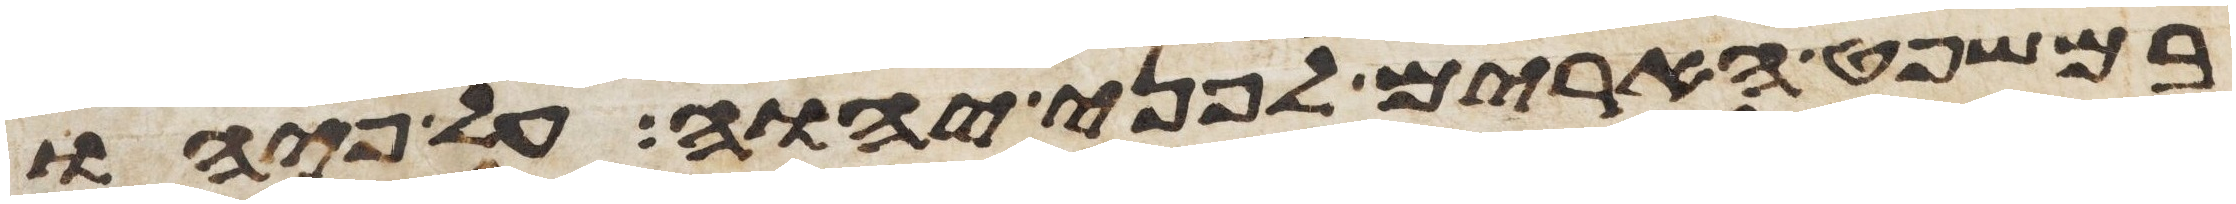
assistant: במשפט הארים לפני יהוה על פיהו